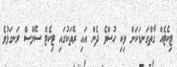
ޓިކެޓެއް ގާތްގަނޑަކަށް ވިކި ހުސްވެ ދެން އައި ރޭތަކުގައި ޓިކެޓް ސޭލްސް ރަނގަޅުވެ